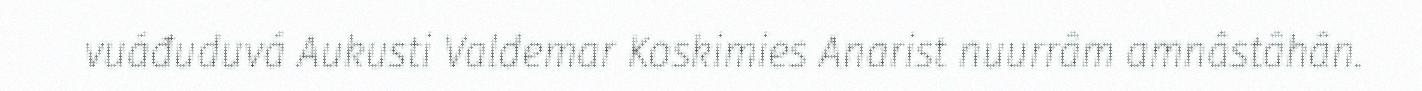
vuáđuduvá Aukusti Valdemar Koskimies Anarist nuurrâm amnâstâhân.